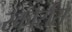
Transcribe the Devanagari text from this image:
स्कौर्सेसे